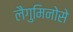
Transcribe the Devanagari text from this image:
लैगुमिनोसे